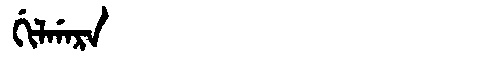
Manchu: ᡤᡳᠯᡤᠠᡵᠠ
Romanization: GILGARA